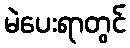
မဲပေးရာတွင်